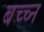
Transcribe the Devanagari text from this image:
बच्च्न